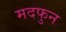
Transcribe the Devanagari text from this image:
मदफुन